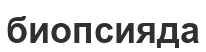
биопсияда